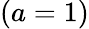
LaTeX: (a=1)